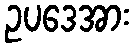
ဥပဒေအား